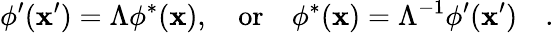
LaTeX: \phi^{\prime}(\mathbf{x}^{\prime})=\Lambda\phi^{*}(\mathbf{x}),\quad\mathrm{{or}}\quad\phi^{*}(\mathbf{x})=\Lambda^{-1}\phi^{\prime}(\mathbf{x}^{\prime})\quad.